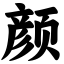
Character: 颜